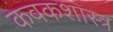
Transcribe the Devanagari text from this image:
कवकशास्त्र